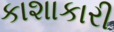
કાશાકારી